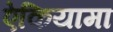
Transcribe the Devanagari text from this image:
ऐकियामा